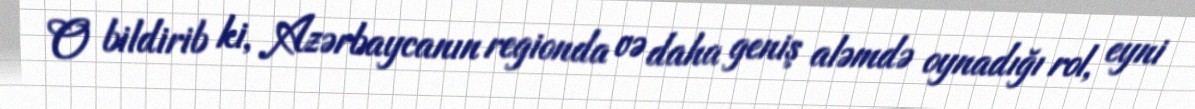
O bildirib ki, Azərbaycanın regionda və daha geniş aləmdə oynadığı rol, eyni